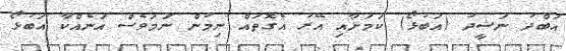
އަބްދު ނަޝީދު (އަބުޅޯ) ކަމަށާއި އޭރު އެގޮތައް ނިމުން ނަމަވެސް އަނެއްކާ އަބުޅޯ